Structure of Hæmatopota pluvialis (Meigen) - Number 55
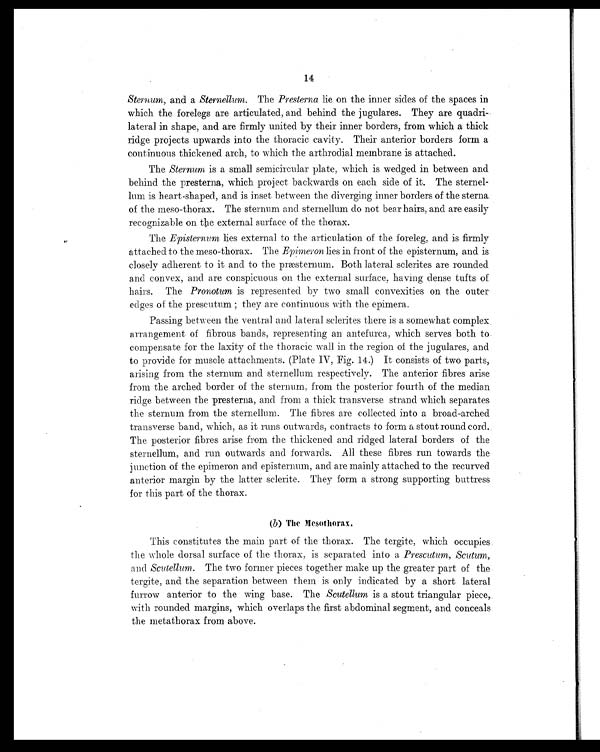
14
Sternum, and a Sternellum. The Presterna lie on the inner sides of the spaces in
which the forelegs are articulated, and behind the jugulares. They are quadri-
lateral in shape, and are firmly united by their inner borders, from which a thick
ridge projects upwards into the thoracic cavity. Their anterior borders form a
continuous thickened arch, to which the arthrodial membrane is attached.
The Sternum is a small semicircular plate, which is wedged in between and
behind the presterna, which project backwards on each side of it. The sternel-
lum is heart-shaped, and is inset between the diverging inner borders of the sterna
of the meso-thorax. The sternum and sternellum do not bear hairs, and are easily
recognizable on the external surface of the thorax.
The Episternum lies external to the articulation of the foreleg, and is firmly
attached to the meso-thorax. The Epimeron lies in front of the episternum, and is
closely adherent to it and to the præsternum. Both lateral sclerites are rounded
and convex, and are conspicuous on the external surface, having dense tufts of
hairs. The Pronotum is represented by two small convexities on the outer
edges of the prescutum ; they are continuous with the epimera.
Passing between the ventral and lateral sclerites there is a somewhat complex.
arrangement of fibrous bands, representing an antefurca, which serves both to
compensate for the laxity of the thoracic wall in the region of the jugulares, and
to provide for muscle attachments. (Plate IV , Fig. 14.) It consists of two parts,
arising from the sternum and sternellum respectively. The anterior fibres arise
from the arched border of the sternum, from the posterior fourth of the median
ridge between the presterna, and from a thick transverse strand which separates
the sternum from the sternellum. The fibres are collected into a broad-arched
transverse band, which, as it runs outwards, contracts to form a stout round cord.
The posterior fibres arise from the thickened and ridged lateral borders of the
sternellum, and run outwards and forwards. All these fibres run towards the
junction of the epimeron and episternum, and are mainly attached to the recurved
anterior margin by the latter sclerite. They form a strong supporting buttress
for this part of the thorax.
(b) The Mesothorax.
This constitutes the main part of the thorax. The tergite, which occupies.
the whole dorsal surface of the thorax, is separated into a Prescutum, Scutum,
and Scutellum. The two former pieces together make up the greater part of the
tergite, and the separation between them is only indicated by a short lateral
furrow anterior to the wing base. The Scutellum is a stout triangular piece,
with rounded margins, which overlaps the first abdominal segment, and conceals
the metathorax from above.